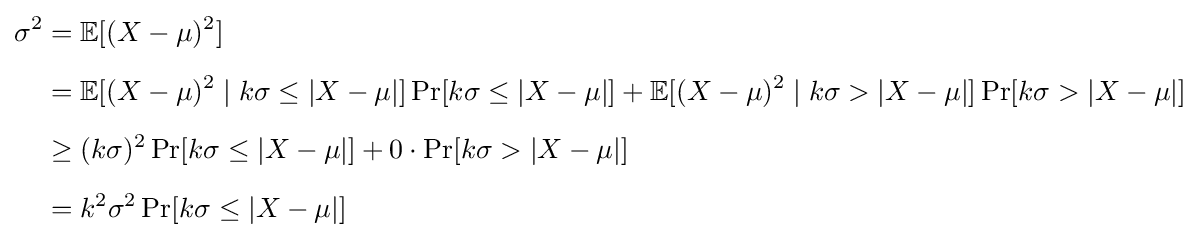
{\begin{aligned}\sigma ^{2}&=\mathbb {E} [(X-\mu )^{2}]\\[5pt]&=\mathbb {E} [(X-\mu )^{2}\mid k\sigma \leq |X-\mu |]\Pr[k\sigma \leq |X-\mu |]+\mathbb {E} [(X-\mu )^{2}\mid k\sigma >|X-\mu |]\Pr[k\sigma >|X-\mu |]\\[5pt]&\geq (k\sigma )^{2}\Pr[k\sigma \leq |X-\mu |]+0\cdot \Pr[k\sigma >|X-\mu |]\\[5pt]&=k^{2}\sigma ^{2}\Pr[k\sigma \leq |X-\mu |]\end{aligned}}